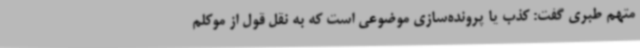
متهم طبری گفت: کذب یا پرونده‌سازی موضوعی است که به نقل قول از موکلم